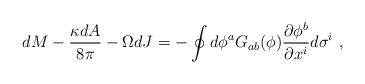
LaTeX: \begin{align*}dM - {\kappa dA\over 8\pi} - \Omega dJ =- \oint{d\phi^a G_{ab}(\phi){\partial \phi^b \over \partial x^i } d\sigma^i }\ ,\end{align*}